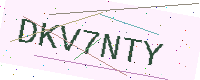
Text: DKV7NTY